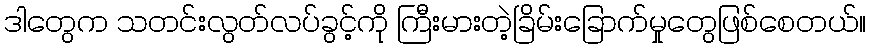
ဒါတွေက သတင်းလွတ်လပ်ခွင့်ကို ကြီးမားတဲ့ခြိမ်းခြောက်မှုတွေဖြစ်စေတယ်။